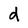
Character: d